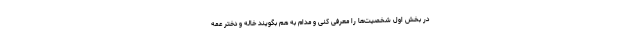
در بخش اول شخصیت‌ها را معرفی کنی و مدام به هم بگویند خاله و دختر عمه